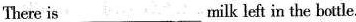
There is___milk left in the bottle.